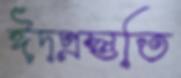
ঈদপ্রস্তুতি